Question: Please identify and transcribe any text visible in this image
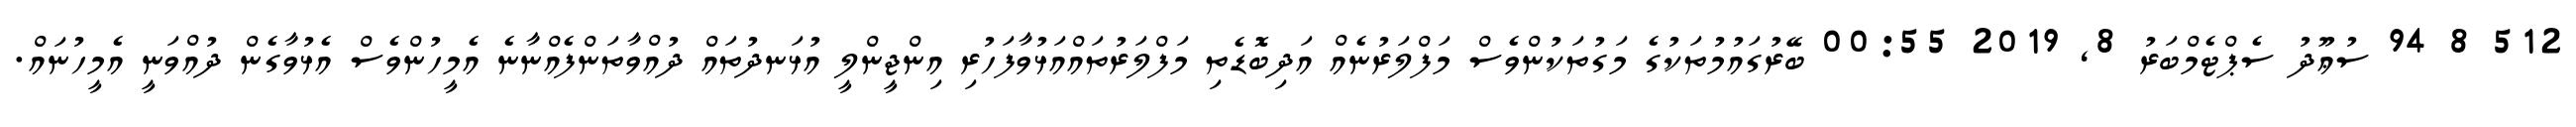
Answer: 512 8 94 ސުޢޫދު ސެޕްޓެމްބަރު 8, 2019 00:55 ބޭރުގައުމުތަކުގެ މަގުތަކުންވެސް މަފްލަރުނެއް އަދިބޮޑެތި މަފްލަރުތައްއަޅުވާފަހުރި އިންޖީންލީ އުޅަނދުތައް ދުއްވާތަންފެއްނާނެ އެމީހުންވެސް އެޅުވާގެން ދުއްވަނީ އެމީހުނައް.